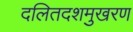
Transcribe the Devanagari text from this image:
दलितदशमुखरण